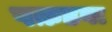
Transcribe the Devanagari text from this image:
पक़डवा